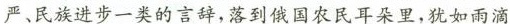
严、民族进步一类的言辞，落到俄国农民耳朵里，犹如雨滴